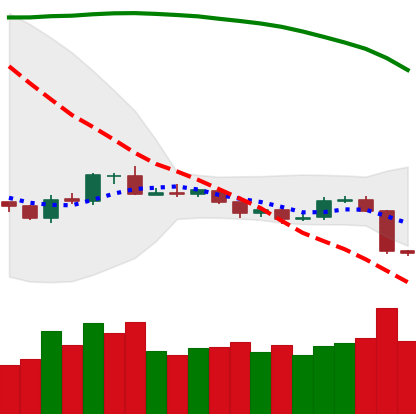
Ticker: BTC-USD
Chart end date: 2019-10-24
Forward return: 25.812%
Label: up_7plus